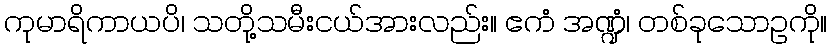
ကုမာရိကာယပိ၊ သတို့သမီးငယ်အားလည်း။ ဧကံ အဏ္ဍံ၊ တစ်ခုသောဥကို။